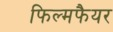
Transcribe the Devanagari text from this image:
फिल्मफैयर